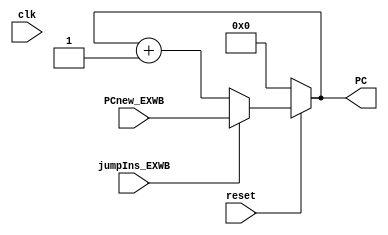
module MUX_PC(
    input jumpIns_EXWB,
    input [7:0] PCnew_EXWB,
    output reg [7:0] PC,
    
    input clk,
    input reset
    );
    
        
    always@(*)
    begin
    if(reset == 0)
        PC <= 0;
    else if(jumpIns_EXWB == 1)
        PC <= PCnew_EXWB;
    
    else 
        PC <= PC+1;    
    end
endmodule